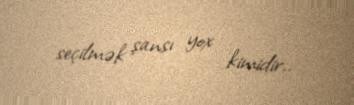
seçilmək şansı yox kimidir..